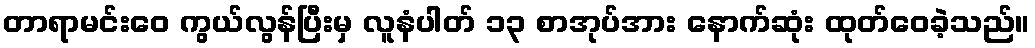
တာရာမင်းဝေ ကွယ်လွန်ပြီးမှ လူနံပါတ် ၁၃ စာအုပ်အား နောက်ဆုံး ထုတ်ဝေခဲ့သည်။